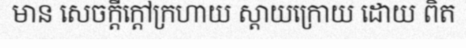
មាន សេចក្តីក្តៅក្រហាយ ស្តាយក្រោយ ដោយ ពិត